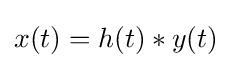
x(t)=h(t)*y(t)